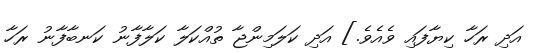
އަދި ރަހާ ކިޔާފައި ވެއެވެ.] އަދި ކަލަމިންޖާ ތުއްކަލާ ކަލާފާނު ކަނބާފާނު ރަހާ